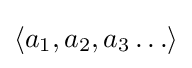
\langle a_{1},a_{2},a_{3}\ldots \rangle